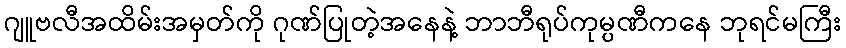
ဂျူဗလီအထိမ်းအမှတ်ကို ဂုဏ်ပြုတဲ့အနေနဲ့ ဘာဘီရုပ်ကုမ္ပဏီကနေ ဘုရင်မကြီး